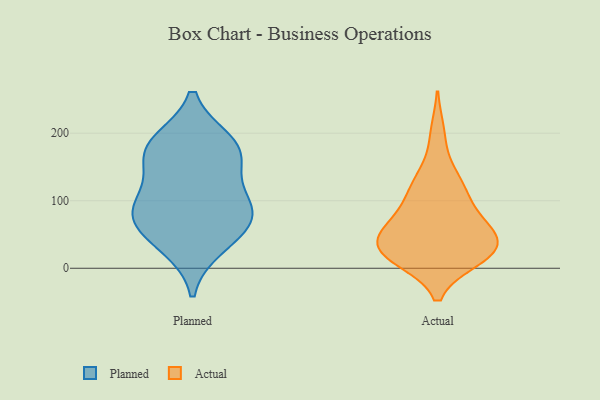
{"axis": {"x": "Backlog", "y": "Value"}, "legend": ["Actual", "Planned"], "data": [{"x": "", "y": 156, "type": "Planned"}, {"x": "", "y": 97, "type": "Planned"}, {"x": "", "y": 181, "type": "Planned"}, {"x": "", "y": 186, "type": "Planned"}, {"x": "", "y": 33, "type": "Planned"}, {"x": "", "y": 52, "type": "Planned"}, {"x": "", "y": 81, "type": "Planned"}, {"x": "", "y": 171, "type": "Planned"}, {"x": "", "y": 75, "type": "Planned"}, {"x": "", "y": 97, "type": "Planned"}, {"x": "", "y": 139, "type": "Actual"}, {"x": "", "y": 23, "type": "Actual"}, {"x": "", "y": 116, "type": "Actual"}, {"x": "", "y": 20, "type": "Actual"}, {"x": "", "y": 18, "type": "Actual"}, {"x": "", "y": 27, "type": "Actual"}, {"x": "", "y": 60, "type": "Actual"}, {"x": "", "y": 121, "type": "Actual"}, {"x": "", "y": 30, "type": "Actual"}, {"x": "", "y": 199, "type": "Actual"}, {"x": "", "y": 76, "type": "Actual"}, {"x": "", "y": 15, "type": "Actual"}, {"x": "", "y": 102, "type": "Actual"}, {"x": "", "y": 55, "type": "Actual"}, {"x": "", "y": 60, "type": "Actual"}, {"x": "", "y": 29, "type": "Actual"}, {"x": "", "y": 50, "type": "Actual"}]}